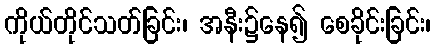
ကိုယ်တိုင်သတ်ခြင်း၊ အနီး၌နေ၍ စေခိုင်းခြင်း၊